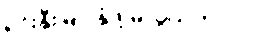
ရင်းနှီးမြုပ်နှံဖို့ မလွယ်တာပါ။